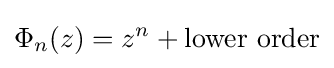
\Phi _{n}(z)=z^{n}+{\text{lower order}}